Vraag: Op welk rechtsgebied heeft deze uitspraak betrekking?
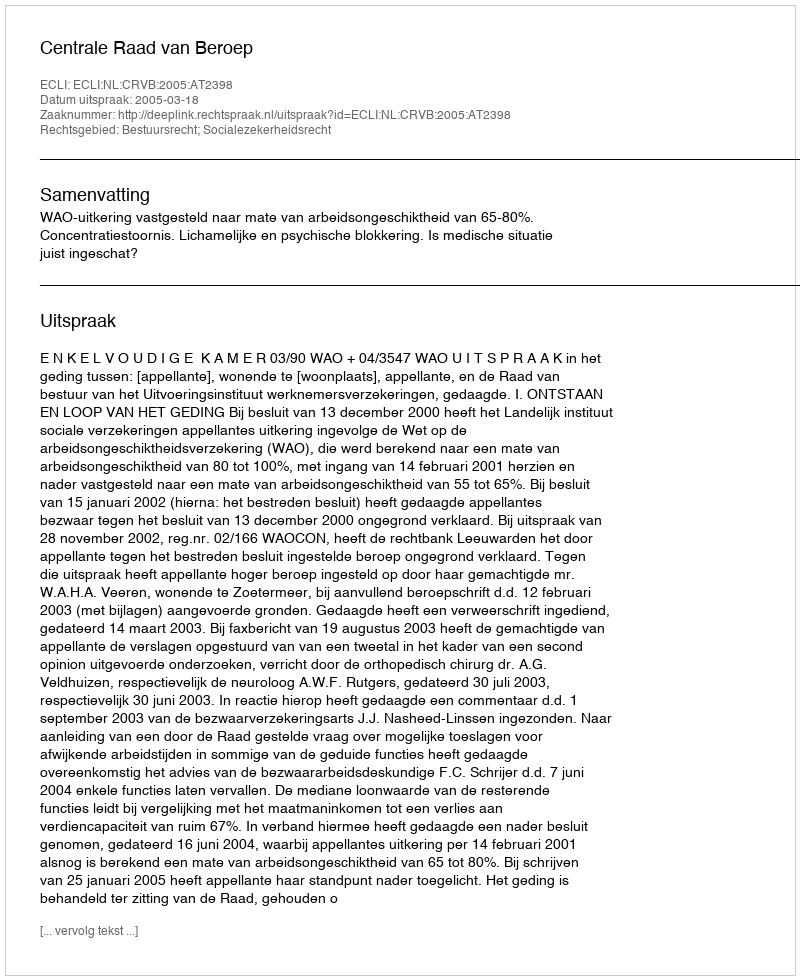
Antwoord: Bestuursrecht; Socialezekerheidsrecht